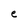
Character: e